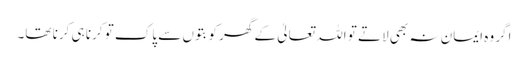
اگر وہ ایمان نہ بھی لاتے تو اللہ تعالیٰ کے گھر کو بتوں سے پاک تو کرنا ہی کرنا تھا۔